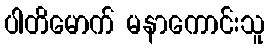
ပါတိမောက် မနာကောင်းသူ